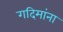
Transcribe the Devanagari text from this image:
गदिमांना